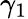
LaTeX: \gamma_{1}